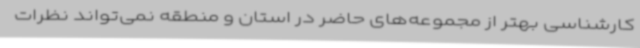
کارشناسی بهتر از مجموعه‌های حاضر در استان و منطقه نمی‌تواند نظرات